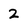
Character: 2